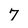
Character: 7